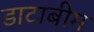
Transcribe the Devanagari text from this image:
डाटाबीम